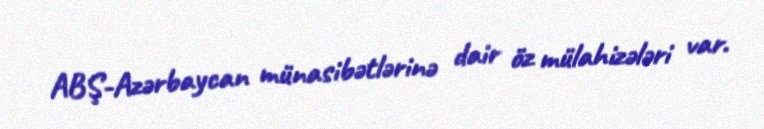
ABŞ-Azərbaycan münasibətlərinə dair öz mülahizələri var.